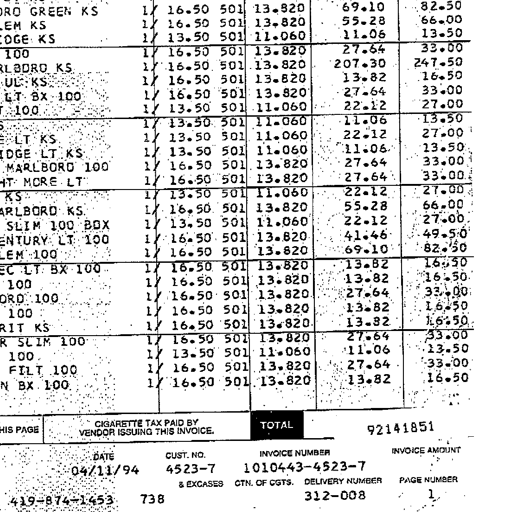
GREEN KS
KS
KS
100
KS
KS
LT BX 100
100
LT KS
LT KS
MARLBORO 100
MORE LT
KS
KS
SLIM 100 BOX
LT 100
100
LT BX 100
100
100
100
KS
SLIM 100
100
FILT 100
BX 100
1/ 16.50 501 13.820 69.10 82.50
1/ 16.50 501 13.820 55.28 66.00
1/ 13.50 501 11.060 11.06 13.50
1/ 16.50 501 13.820 27.64 33.00
1/ 16.50 501 13.820 207.30 247.50
1/ 16.50 501 13.820 13.82 16.50
1/ 16.50 501 13.820 27.64 33.00
1/ 13.50 501 11.060 22.12 27.00
1/ 13.50 501 11.060 11.06 13.50
1/ 13.50 501 11.060 22.12 27.00
1/ 13.50 501 11.060 11.06 13.50
1/ 16.50 501 13.820 27.64 33.00
1/ 16.50 501 13.820 27.64 33.00
1/ 13.50 501 11.060 22.12 27.00
1/ 16.50 501 13.820 55.28 66.00
1/ 13.50 501 11.060 22.12 27.00
1/ 16.50 501 13.820 41.46 49.50
1/ 16.50 501 13.820 69.10 82.50
1/ 16.50 501 13.820 13.82 16.50
1/ 16.50 501 13.820 13.82 16.50
1/ 16.50 501 13.820 27.64 33.00
1/ 16.50 501 13.820 13.82 16.50
1/ 16.50 501 13.820 13.82 16.50
1/ 16.50 501 13.820 27.64 33.00
1/ 13.50 501 11.060 11.06 13.50
1/ 16.50 501 13.820 27.64 33.00
1/ 16.50 501 13.820 13.82 16.50
PAGE
CIGARETTE TAX PAID BY
VENDOR ISSUING THIS INVOICE
TOTAL
92141851
DATE
04/11/94
CUST. NO.
4523-7
INVOICE NUMBER
1010443-4523-7
INVOICE AMOUNT
& EXCISES
CTN. OF CGTS.
DELIVERY NUMBER
PAGE NUMBER
419-874-1453
738
312-008
1